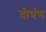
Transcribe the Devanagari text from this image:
दीपंग